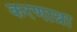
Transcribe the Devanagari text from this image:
करणाय्रा